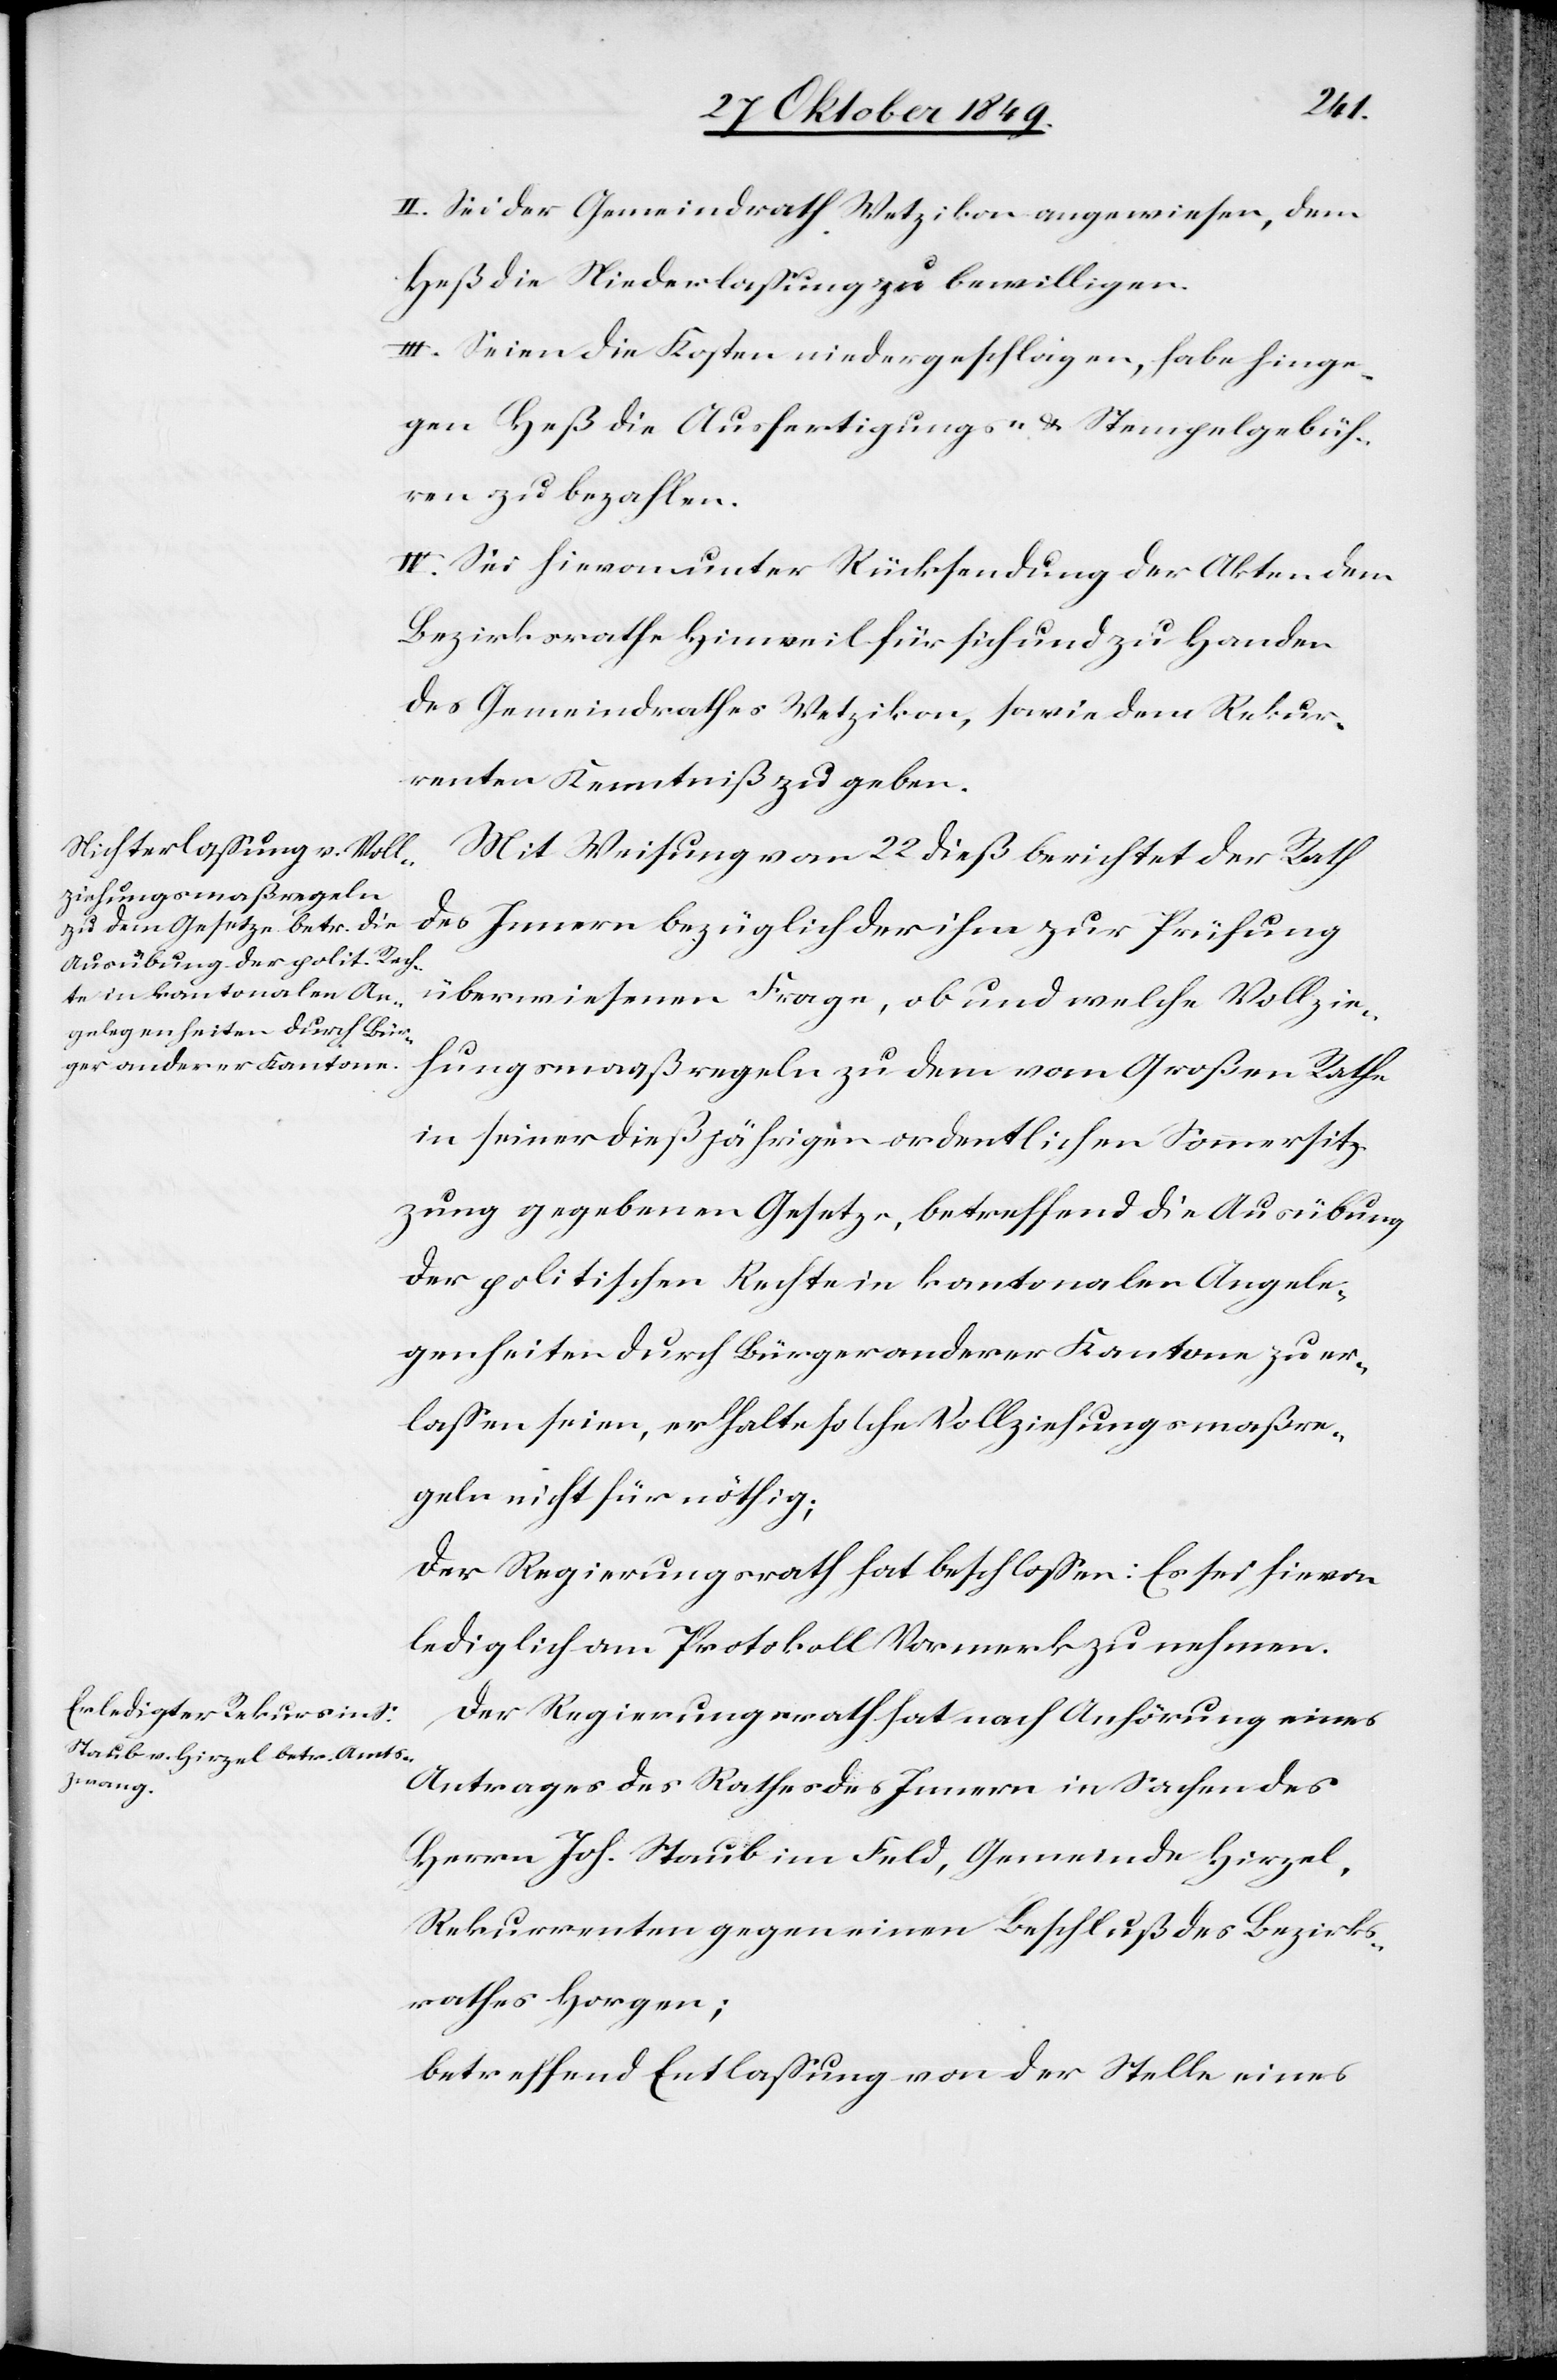
II. Sei der Gemeindrath Wetzikon angewiesen, dem
Heß die Niederlaßung zu bewilligen.
III. Seien die Kosten niedergeschlagen, habe hinge¬
gen Heß die Ausfertigungs- u. Stempelgebüh¬
ren zu bezahlen.
IV. Sei hievon unter Rücksendung der Akten dem
Bezirksrathe Hinweil für sich und zu Handen
des Gemeindrathes Wetzikon, sowie dem Rekur¬
renten Kenntniß zu geben.
Mit Weisung von 22 dieß berichtet der Rath
des Innern bezüglich der ihm zur Prüfung
überwiesenen Frage, ob und welche Vollzie¬
hungsmaßregeln zu dem vom Großen Rathe
in seiner dießjährigen ordentlichen Sommersit¬
zung gegebenen Gesetze, betreffend die Ausübung
der politischen Rechte in kantonalen Angele¬
genheiten durch Bürger anderer Kantone zu er¬
laßen seien, er halte solche Vollziehungsmaßre¬
geln nicht für nöthig;
Der Regierungsrath hat beschloßen: Es sei hievon
lediglich am Protokoll Vormerk zu nehmen.
Der Regierungsrath hat nach Anhörung eines
Antrages des Rathes des Innern in Sachen des
Herrn Joh. Staub im Feld, Gemeinde Hirzel,
Rekurrenten gegen einen Beschluß des Bezirks¬
rathes Horgen;
betreffend Entlaßung von der Stelle eines